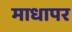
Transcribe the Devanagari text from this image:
माधापर